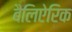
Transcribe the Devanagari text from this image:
बैलिऐरिक